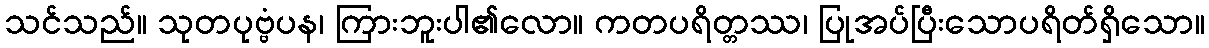
သင်သည်။ သုတပုဗ္ဗံပန၊ ကြားဘူးပါ၏လော။ ကတပရိတ္တဿ၊ ပြုအပ်ပြီးသောပရိတ်ရှိသော။